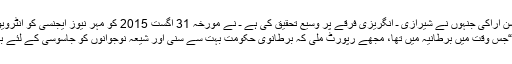
آیت اللہ ڈاکٹر محسن اراکی جنہوں نے شیرازی ـ انگریزی فرقے پر وسیع تحقیق کی ہے ـ نے مورخہ 31 اگست 2015 کو مہر نیوز ایجنسی کو انٹرویو دیتے ہوئے کہا:
“جس وقت میں برطانیہ میں تھا، مجھے رپورٹ ملی کہ برطانوی حکومت بہت سے سنی اور شیعہ نوجوانوں کو جاسوسی کے لئے بھرتی کررہی ہے۔